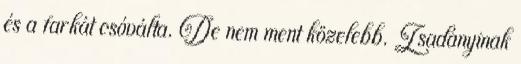
és a farkát csóválta. De nem ment közelebb. Zsadányinak